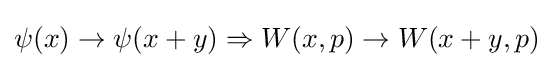
\psi (x)\to \psi (x+y)\Rightarrow W(x,p)\to W(x+y,p)